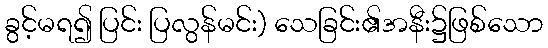
ခွင့်မရ၍ ပြင်း ပြလွန်မင်း) သေခြင်း၏အနီး၌ဖြစ်သော